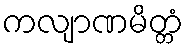
ကလျာဏမိတ္တံ